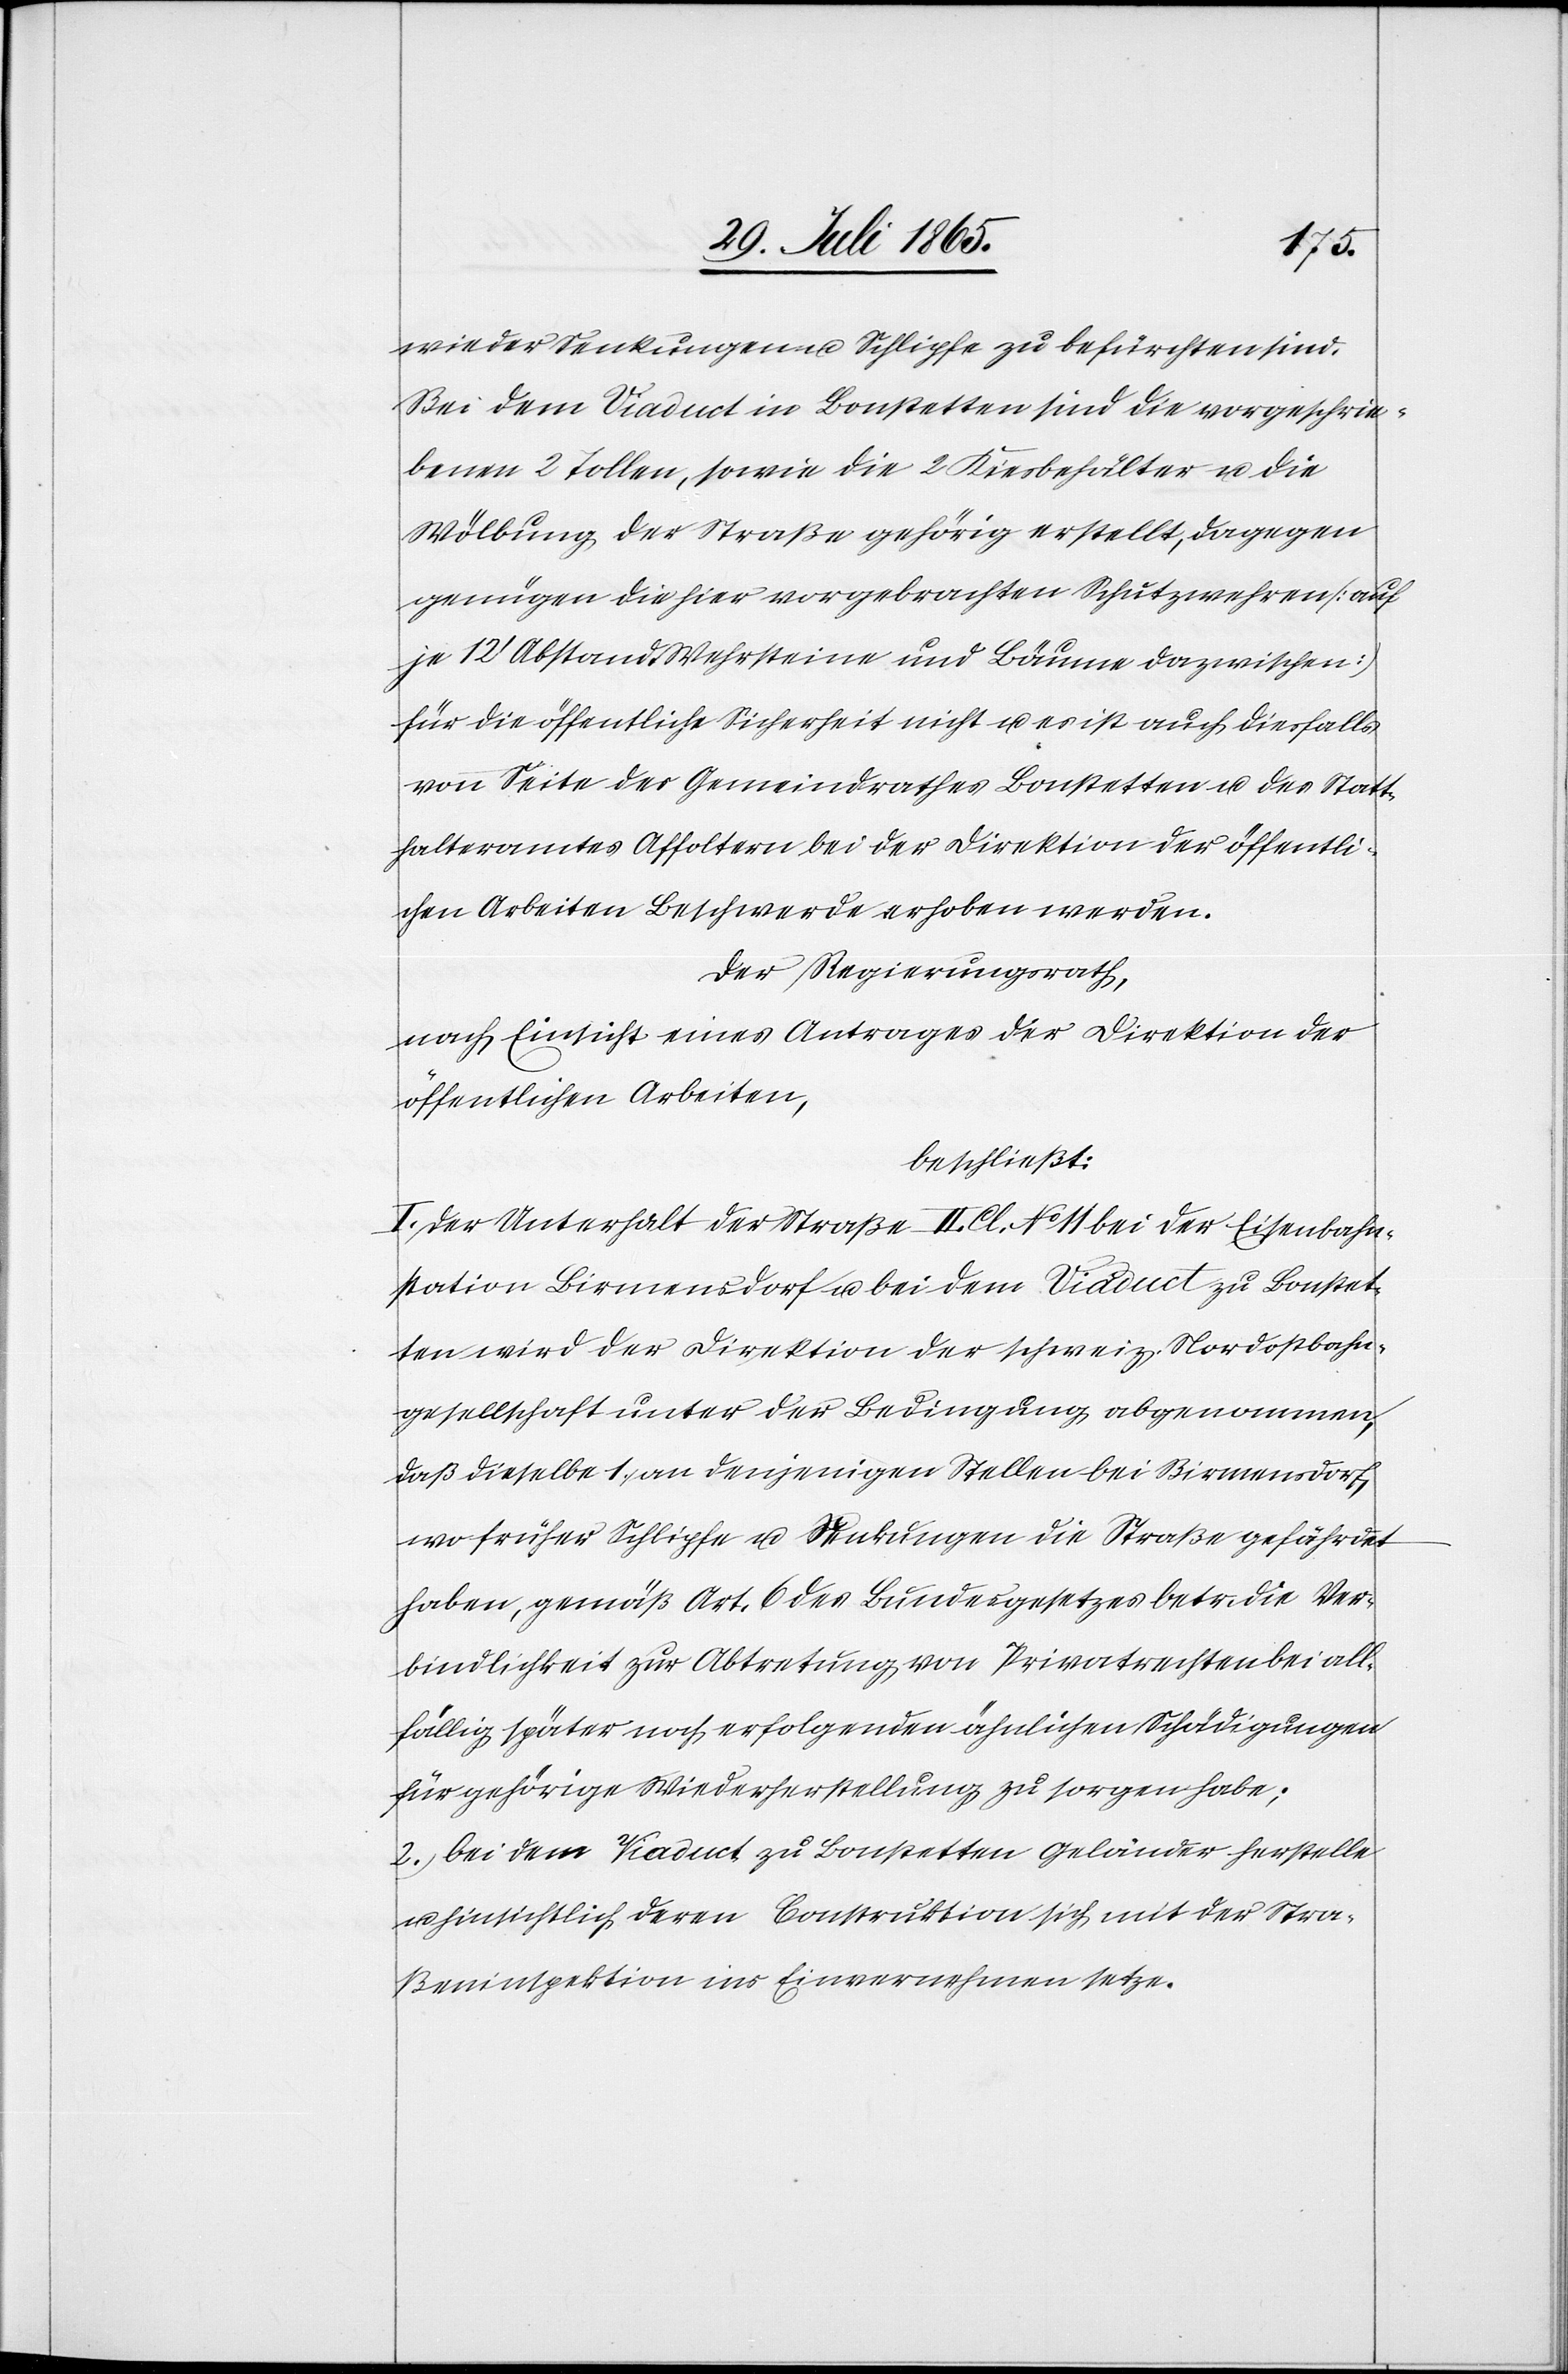
wieder Senkungen u. Schlipfe zu befürchten sind.
Bei dem Viaduct in Bonstetten sind die vorgeschrie¬
benen 2 Tollen, sowie die 2 Kiesbehälter u. die
Wölbung der Straße gehörig erstellt, dagegen
genügen die hier vorgebrachten Schutzwehren [auf
je 120 Abstand, Wehrsteine und Bäume dazwischen]
für die öffentliche Sicherheit nicht u. es ist auch diesfalls
von Seite des Gemeindrathes Bonstetten u. des Statt¬
halteramtes Affoltern bei der Direktion der öffentli¬
chen Arbeiten Beschwerde erhoben werden.
Der Regierungsrath,
nach Einsicht eines Antrages der Direktion der
öffentlichen Arbeiten,
beschließt:
I. Der Unterhalt der Straße II. Cl. No 11 bei der Eisenbahn¬
station Birmensdorf u. bei dem Viaduct zu Bonstet¬
ten wird der Direktion der schweiz. Nordostbahn¬
gesellschaft unter der Bedingung abgenommen,
daß dieselbe 1. an denjenigen Stellen bei Birmensdorf,
wo früher Schlipfe u. Senkungen die Straße gefährdet
haben, gemäß Art. 6 des Bundesgesetze betr. die Ver¬
bindlichkeit zur Abtretung von Privatrechten bei all¬
fällig später noch erfolgenden ähnlichen Schädigungen
für gehörige Wiederherstellung zu sorgen habe;
2. bei dem Viaduct zu Bonstetten Geländer herstelle
u. hinsichtlich deren Construktion sich mit der Stra¬
ßeninspektion ins Einvernehmen setze.